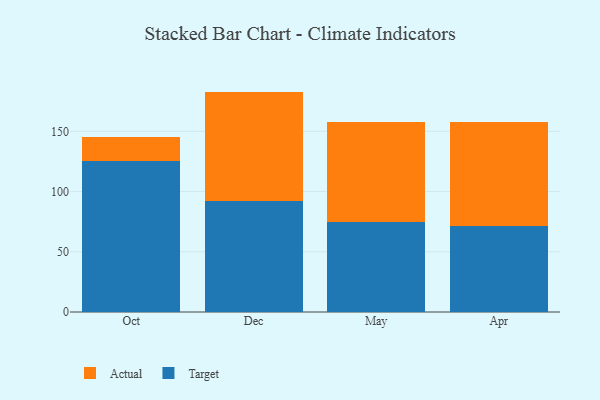
{"axis": {"x": "Month", "y": "Temperature (°C)"}, "legend": ["Actual", "Target"], "data": [{"x": "Oct", "y": 125.7, "type": "Target"}, {"x": "Oct", "y": 19.4, "type": "Actual"}, {"x": "Dec", "y": 91.8, "type": "Target"}, {"x": "Dec", "y": 91.2, "type": "Actual"}, {"x": "May", "y": 74.6, "type": "Target"}, {"x": "May", "y": 83.3, "type": "Actual"}, {"x": "Apr", "y": 71.5, "type": "Target"}, {"x": "Apr", "y": 86.6, "type": "Actual"}]}